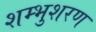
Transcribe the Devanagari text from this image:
शम्भुशरण